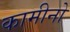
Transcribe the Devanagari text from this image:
कामीनो